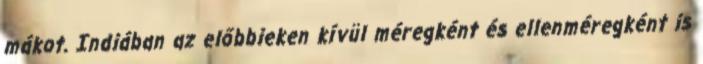
mákot. Indiában az előbbieken kívül méregként és ellenméregként is